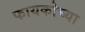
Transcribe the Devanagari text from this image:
फायकोच्या